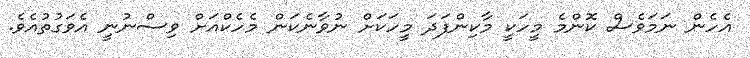
އެހެން ނަމަވެސް ކޮންމެ މީހަކީ މާކިންފަދަ މީހަކަށް ނުވާނެކަން މެހެކްއަށް ވިސްނުނީ އެވަގުތުއެވެ.